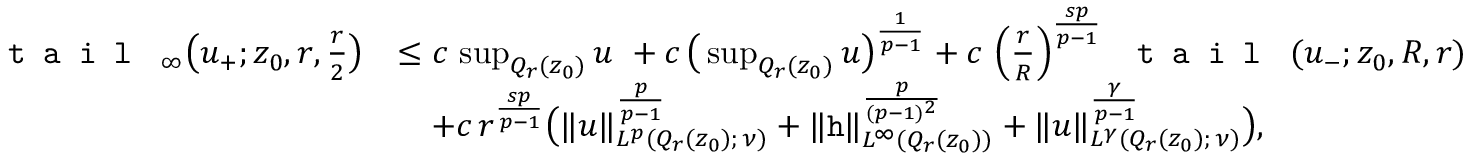
\begin{array} { r l } { \textup { \texttt { t a i l } } _ { \infty } \big ( u _ { + } ; z _ { 0 } , r , \frac { r } { 2 } \big ) } & { \le c \, \operatorname* { s u p } _ { Q _ { r } ( z _ { 0 } ) } u \ + c \, \big ( \operatorname* { s u p } _ { Q _ { r } ( z _ { 0 } ) } u \big ) ^ { \frac { 1 } { p - 1 } } + c \, \left( \frac { r } { R } \right) ^ { \frac { s p } { p - 1 } } \textup { \texttt { t a i l } } ( u _ { - } ; z _ { 0 } , R , r ) } \\ & { \quad + c \, r ^ { \frac { s p } { p - 1 } } \big ( \| u \| _ { L ^ { p } ( Q _ { r } ( z _ { 0 } ) ; \, \nu ) } ^ { \frac { p } { p - 1 } } + \| \mathtt { h } \| _ { L ^ { \infty } ( Q _ { r } ( z _ { 0 } ) ) } ^ { \frac { p } { ( p - 1 ) ^ { 2 } } } + \| u \| _ { L ^ { \gamma } ( Q _ { r } ( z _ { 0 } ) ; \, \nu ) } ^ { \frac { \gamma } { p - 1 } } \big ) , } \end{array}